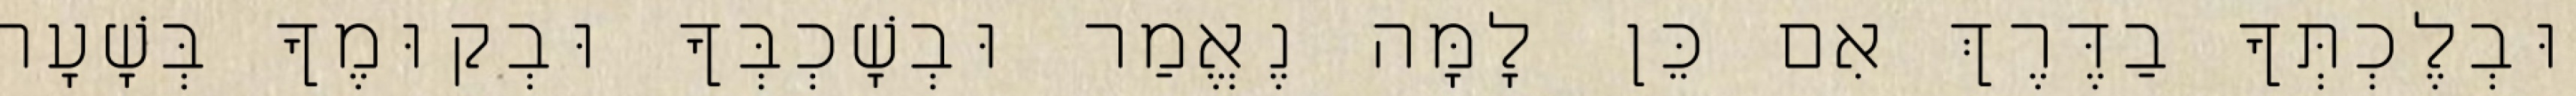
וּבְלֶכְתְּךָ בַדֶּרֶךְ אִם כֵּן לָמָּה נֶאֱמַר וּבְשָׁכְבְּךָ וּבְקוּמֶךָ בְּשָׁעָה